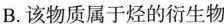
B.该物质属于烃的衍生物